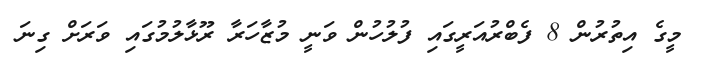
މީގެ އިތުރުން 8 ފެބްރުއަރީގައި ފުލުހުން ވަނީ މުޒާހަރާ ރޫޅާލުމުގައި ވަރަށް ގިނަ